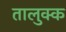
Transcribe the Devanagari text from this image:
तालुक्क